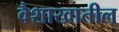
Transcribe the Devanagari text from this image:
वैशाखातील